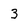
Character: 3